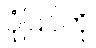
ပုံပြင်ကို